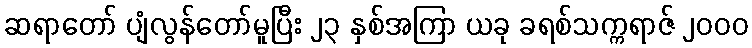
ဆရာတော် ပျံလွန်တော်မူပြီး ၂၃ နှစ်အကြာ ယခု ခရစ်သက္ကရာဇ် ၂၀၀၀